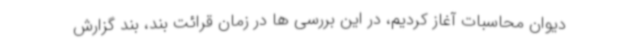
دیوان محاسبات آغاز کردیم، در این بررسی ها در زمان قرائت بند، بند گزارش